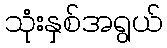
သုံးနှစ်အရွယ်